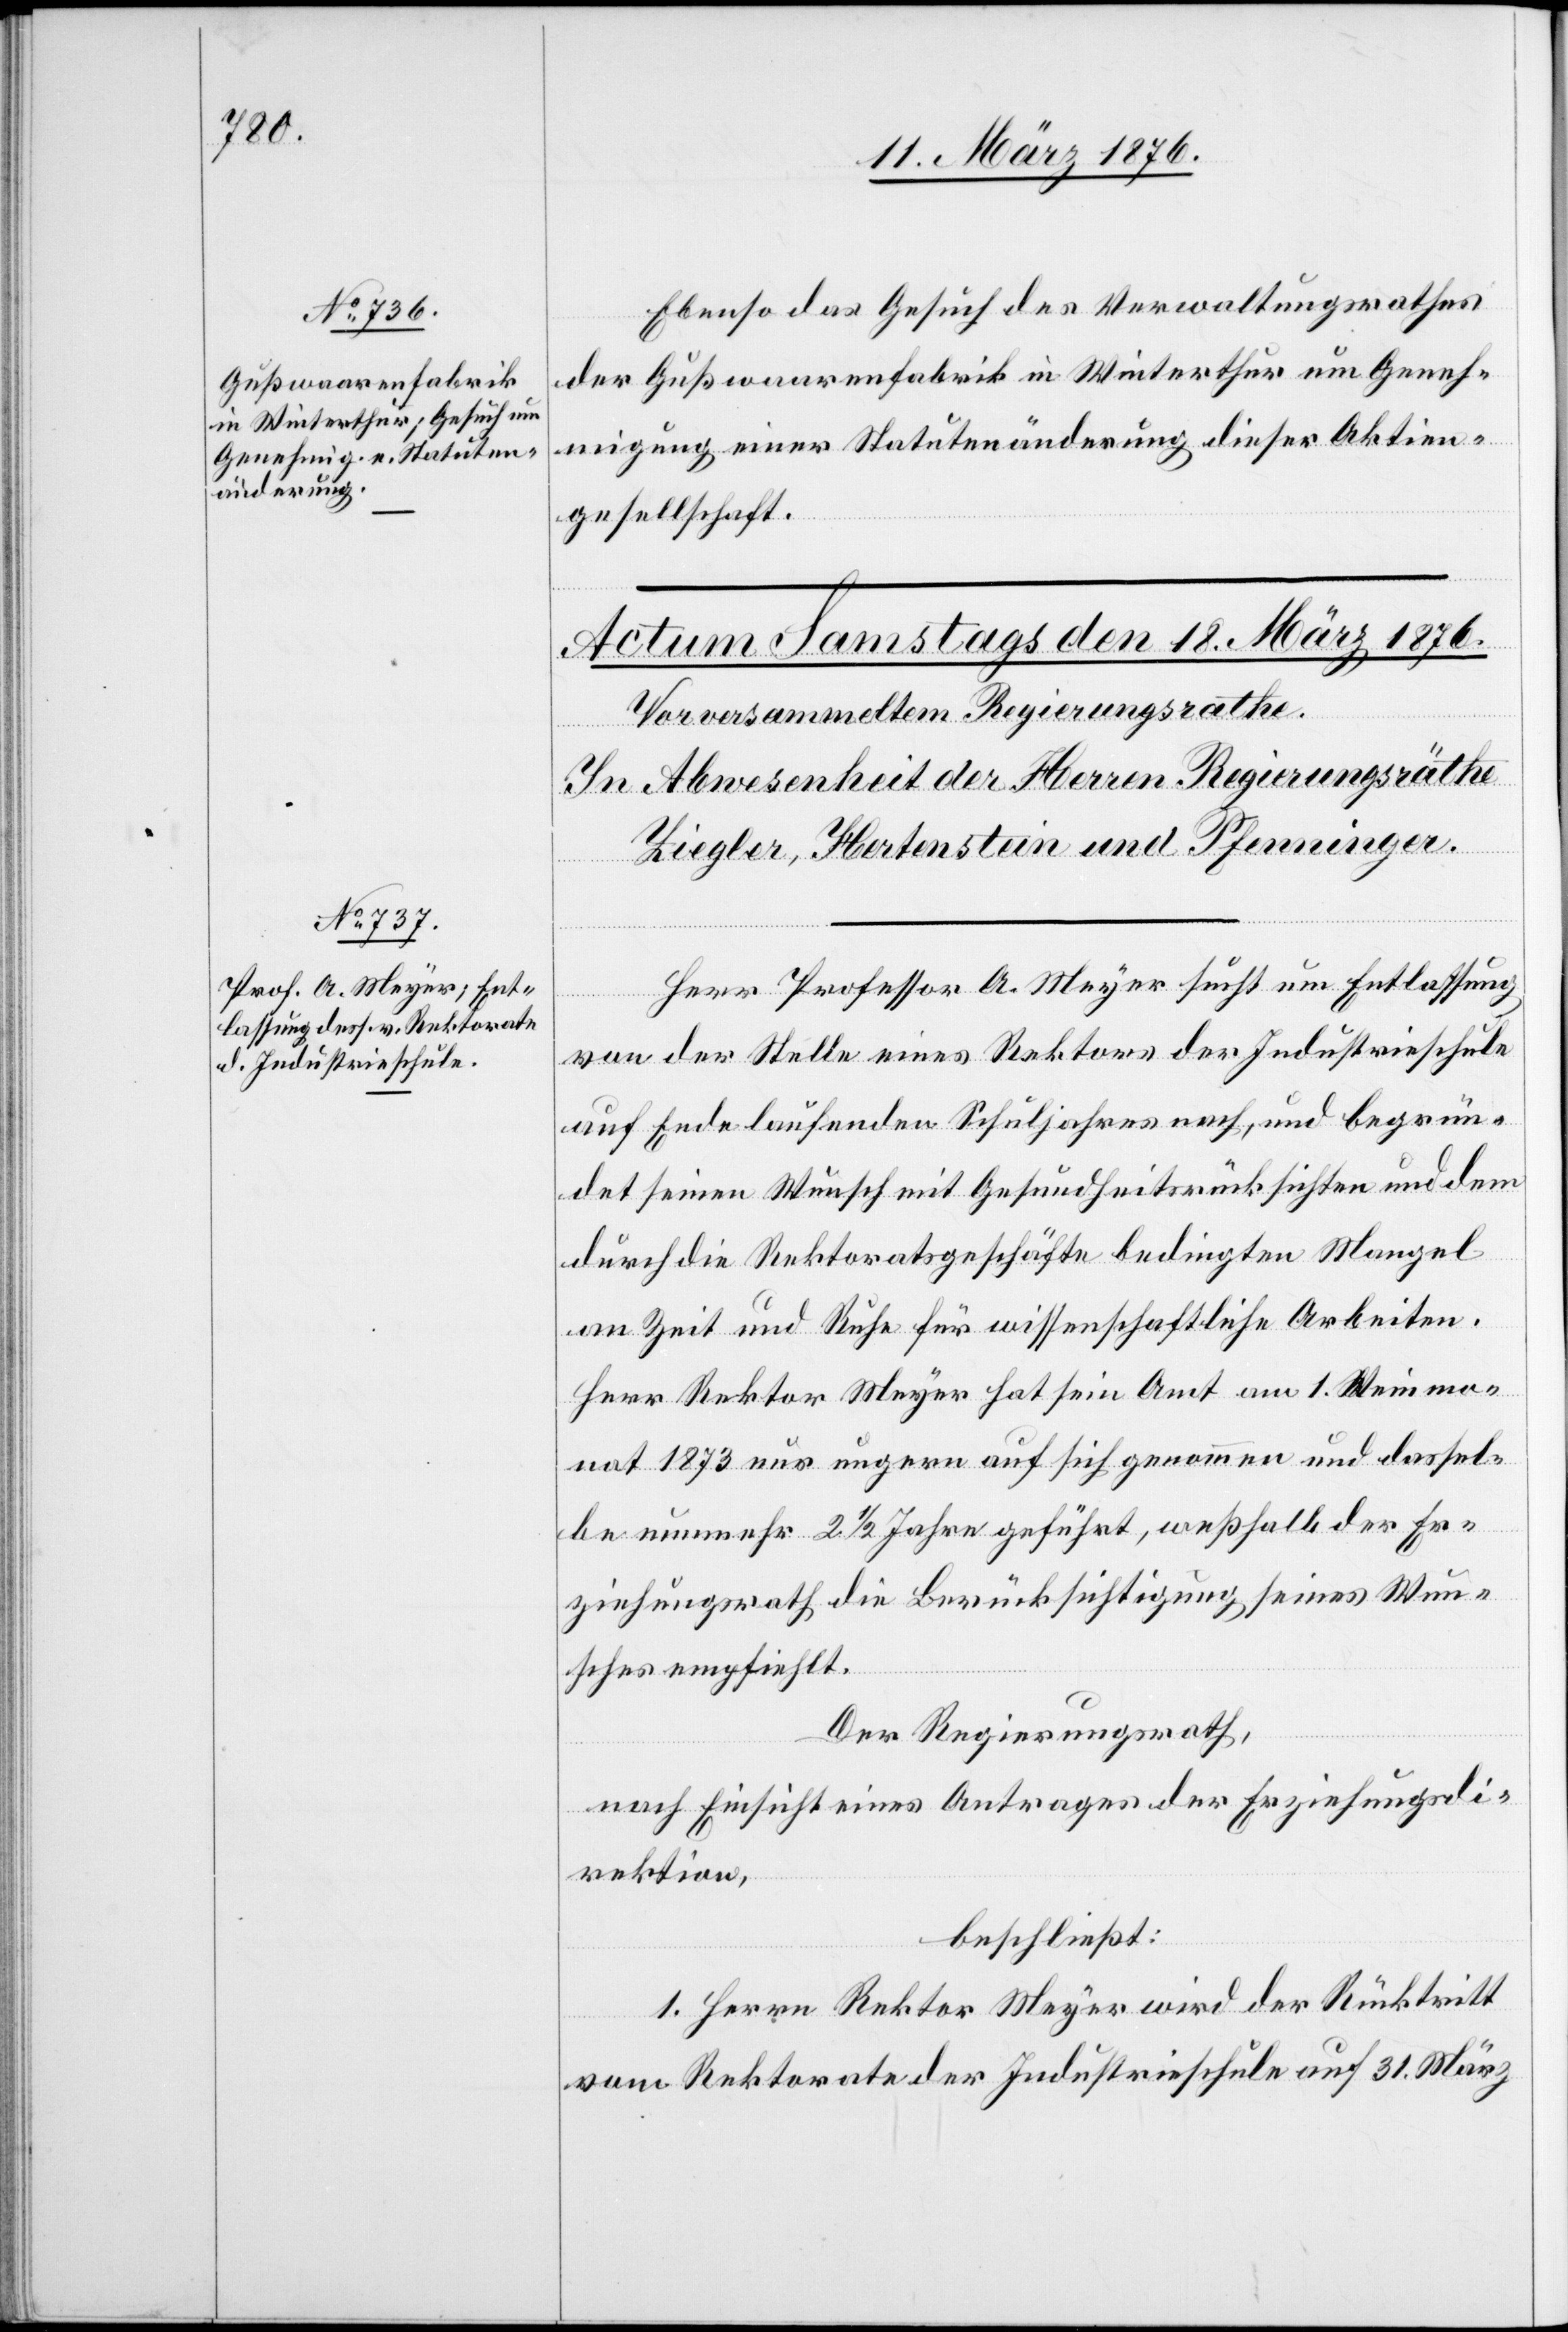
17. März 1876.]
Ebenso das Gesuch des Verwaltungsrathes
der Gußwaarenfabrik in Winterthur um Geneh¬
migung einer Statutenänderung dieser Aktien¬
gesellschaft.
Herr Professor A. Meyer sucht um Entlassung
von der Stelle eines Rektors der Industrieschule
auf Ende laufenden Schuljahres nach, und begrün¬
det seinen Wunsch mit Gesundheitsrücksichten und dem
durch die Rektoratsgeschäfte bedingten Mangel
an Zeit und Ruhe für wissenschaftliche Arbeiten.
Herr Rektor Meyer hat sein Amt am 1. Weinmo¬
nat 1873 nur ungern auf sich genommen und dassel¬
be nunmehr 2 1/2 Jahre geführt, weßhalb der Er¬
ziehungsrath die Berücksichtigung seines Wun¬
sches empfiehlt.
Der Regierungsrath,
nach Einsicht eines Antrages der Erziehungsdi¬
rektion,
beschließt:
1. Herrn Rektor Meyer wird der Rücktritt
vom Rektorate der Industrieschule auf 31. März